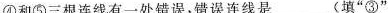
④和⑤三根连线有一处错误，错误连线是______(填”③”